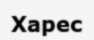
Харес